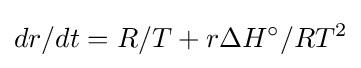
dr/dt=R/T+r\Delta H^{\circ }/RT^{2}